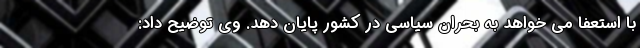
با استعفا می خواهد به بحران سیاسی در کشور پایان دهد. وی توضیح داد: